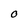
Character: O